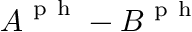
\boldsymbol { A } ^ { \mathrm { ~ p ~ h ~ } } - \boldsymbol { B } ^ { \mathrm { ~ p ~ h ~ } }